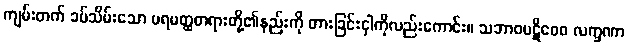
ကျမ်းတက် ခပ်သိမ်းသော ပရမတ္ထတရားတို့၏နည်းကို တားခြင်းငှါကိုလည်းကောင်း။ သဘာဝပဋိဝေဓ လက္ခဏာ